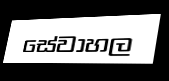
සේවාහල